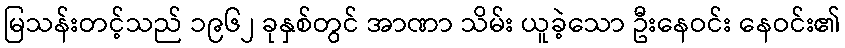
မြသန်းတင့်သည် ၁၉၆၂ ခုနှစ်တွင် အာဏာ သိမ်း ယူခဲ့သော ဦးနေဝင်း နေဝင်း၏